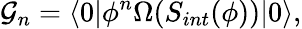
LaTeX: {\cal G}_{n}=\langle 0|\phi^{n}\Omega(S_{int}(\phi))|0\rangle,